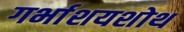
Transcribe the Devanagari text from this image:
गर्भाशयशोथ